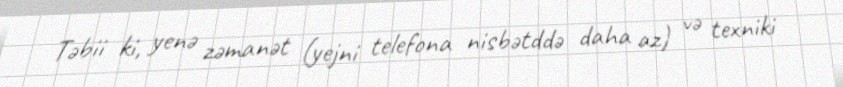
Təbii ki, yenə zəmanət (yejni telefona nisbətddə daha az) və texniki